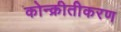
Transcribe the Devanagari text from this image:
कोन्क्रीतीकरण